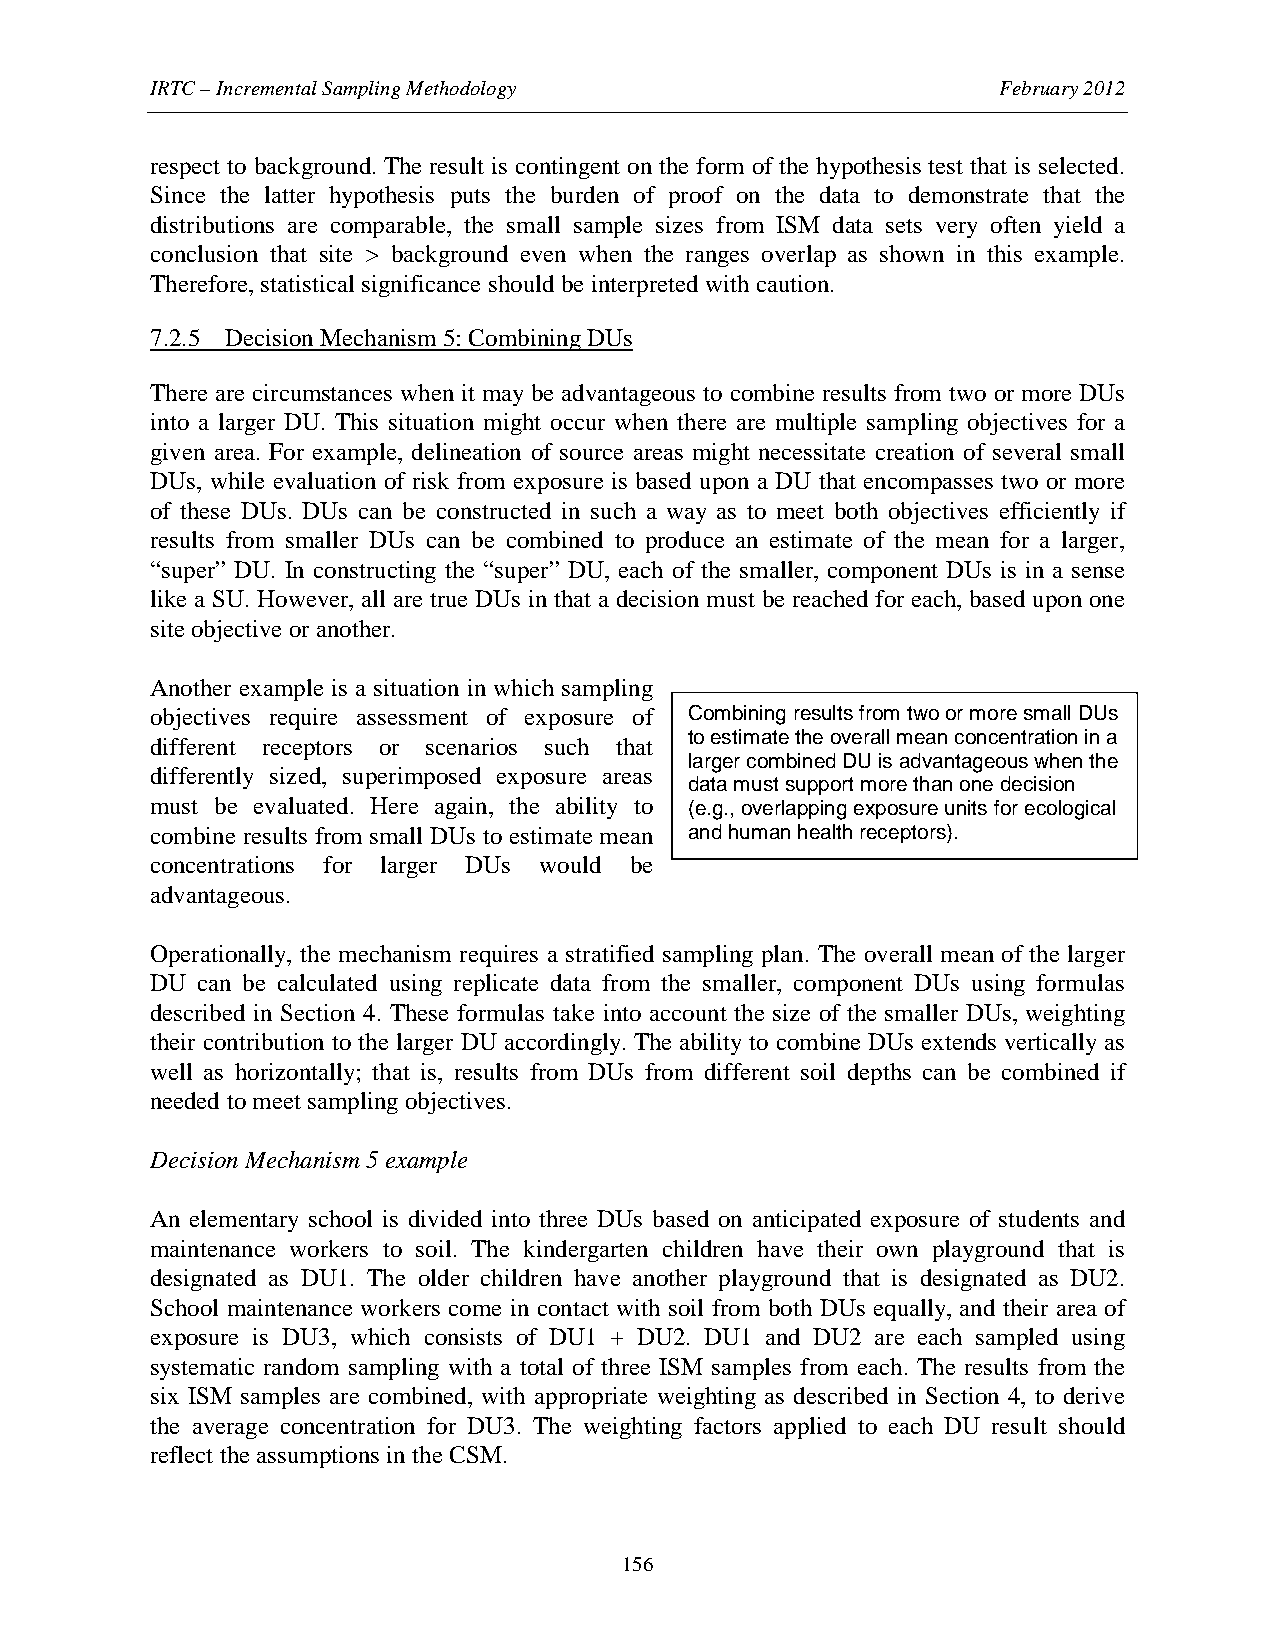
IRTC – Incremental Sampling Methodology                 February 2012
 respect to background. The result is contingent on the form of the hypothesis test that is selected.
 Since the latter hypothesis puts the burden of proof on the data to demonstrate that the
 distributions are comparable, the small sample sizes from ISM data sets very often yield a
 conclusion that site > background even when the ranges overlap as shown in this example.
 Therefore, statistical significance should be interpreted with caution.
 7.2.5 Decision Mechanism 5: Combining DUs
 There are circumstances when it may be advantageous to combine results from two or more DUs
 into a larger DU. This situation might occur when there are multiple sampling objectives for a
 given area. For example, delineation of source areas might necessitate creation of several small
 DUs, while evaluation of risk from exposure is based upon a DU that encompasses two or more
 of these DUs. DUs can be constructed in such a way as to meet both objectives efficiently if
 results from smaller DUs can be combined to produce an estimate of the mean for a larger,
 “super” DU. In constructing the “super” DU, each of the smaller, component DUs is in a sense
 like a SU. However, all are true DUs in that a decision must be reached for each, based upon one
 site objective or another.
 Another example is a situation in which sampling
 objectives require assessment of exposure of Combining results from two or more small DUs
 to estimate the overall mean concentration in a
 different receptors or scenarios such that
 larger combined DU is advantageous when the
 differently sized, superimposed exposure areas
 data must support more than one decision
 must be evaluated. Here again, the ability to (e.g., overlapping exposure units for ecological
 combine results from small DUs to estimate mean and human health receptors).
 concentrations for larger DUs would be
 advantageous.
 Operationally, the mechanism requires a stratified sampling plan. The overall mean of the larger
 DU can be calculated using replicate data from the smaller, component DUs using formulas
 described in Section 4. These formulas take into account the size of the smaller DUs, weighting
 their contribution to the larger DU accordingly. The ability to combine DUs extends vertically as
 well as horizontally; that is, results from DUs from different soil depths can be combined if
 needed to meet sampling objectives.
 Decision Mechanism 5 example
 An elementary school is divided into three DUs based on anticipated exposure of students and
 maintenance workers to soil. The kindergarten children have their own playground that is
 designated as DU1. The older children have another playground that is designated as DU2.
 School maintenance workers come in contact with soil from both DUs equally, and their area of
 exposure is DU3, which consists of DU1 + DU2. DU1 and DU2 are each sampled using
 systematic random sampling with a total of three ISM samples from each. The results from the
 six ISM samples are combined, with appropriate weighting as described in Section 4, to derive
 the average concentration for DU3. The weighting factors applied to each DU result should
 reflect the assumptions in the CSM.
 156